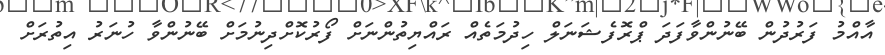
އާއްމު ފަރުދުން ބޭނުންވާފަދަ ޕްރޮފެޝަނަލް ހިދުމަތެއް ރައްޔިތުންނަށް ފޯރުކޮށްދިނުމަށް ބޭނުންވާ ހުނަރު އިތުރަށް